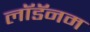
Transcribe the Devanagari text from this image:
लॉडॅनम